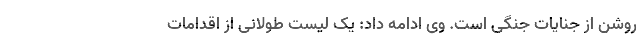
روشن از جنایات جنگی است. وی ادامه داد: یک لیست طولانی از اقدامات